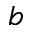
b